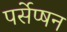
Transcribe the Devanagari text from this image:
पर्सेप्षन